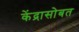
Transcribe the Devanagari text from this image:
केंद्रासोबत